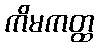
ကိမကတ္ထ